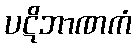
ပဋိဘာဏကံ